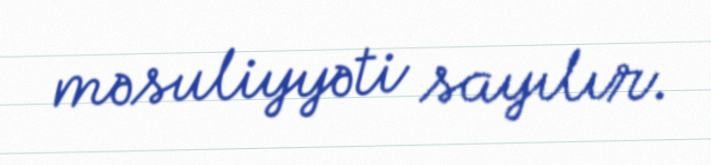
məsuliyyəti sayılır.